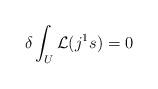
LaTeX: \begin{align*}\delta\int_U\mathcal{L}(j^1s)=0\end{align*}